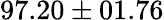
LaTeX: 97.20\pm 01.76